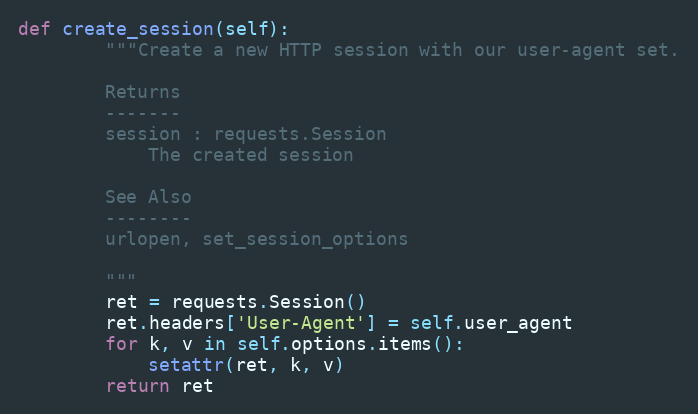
Language: Python
def create_session(self):
        """Create a new HTTP session with our user-agent set.

        Returns
        -------
        session : requests.Session
            The created session

        See Also
        --------
        urlopen, set_session_options

        """
        ret = requests.Session()
        ret.headers['User-Agent'] = self.user_agent
        for k, v in self.options.items():
            setattr(ret, k, v)
        return ret